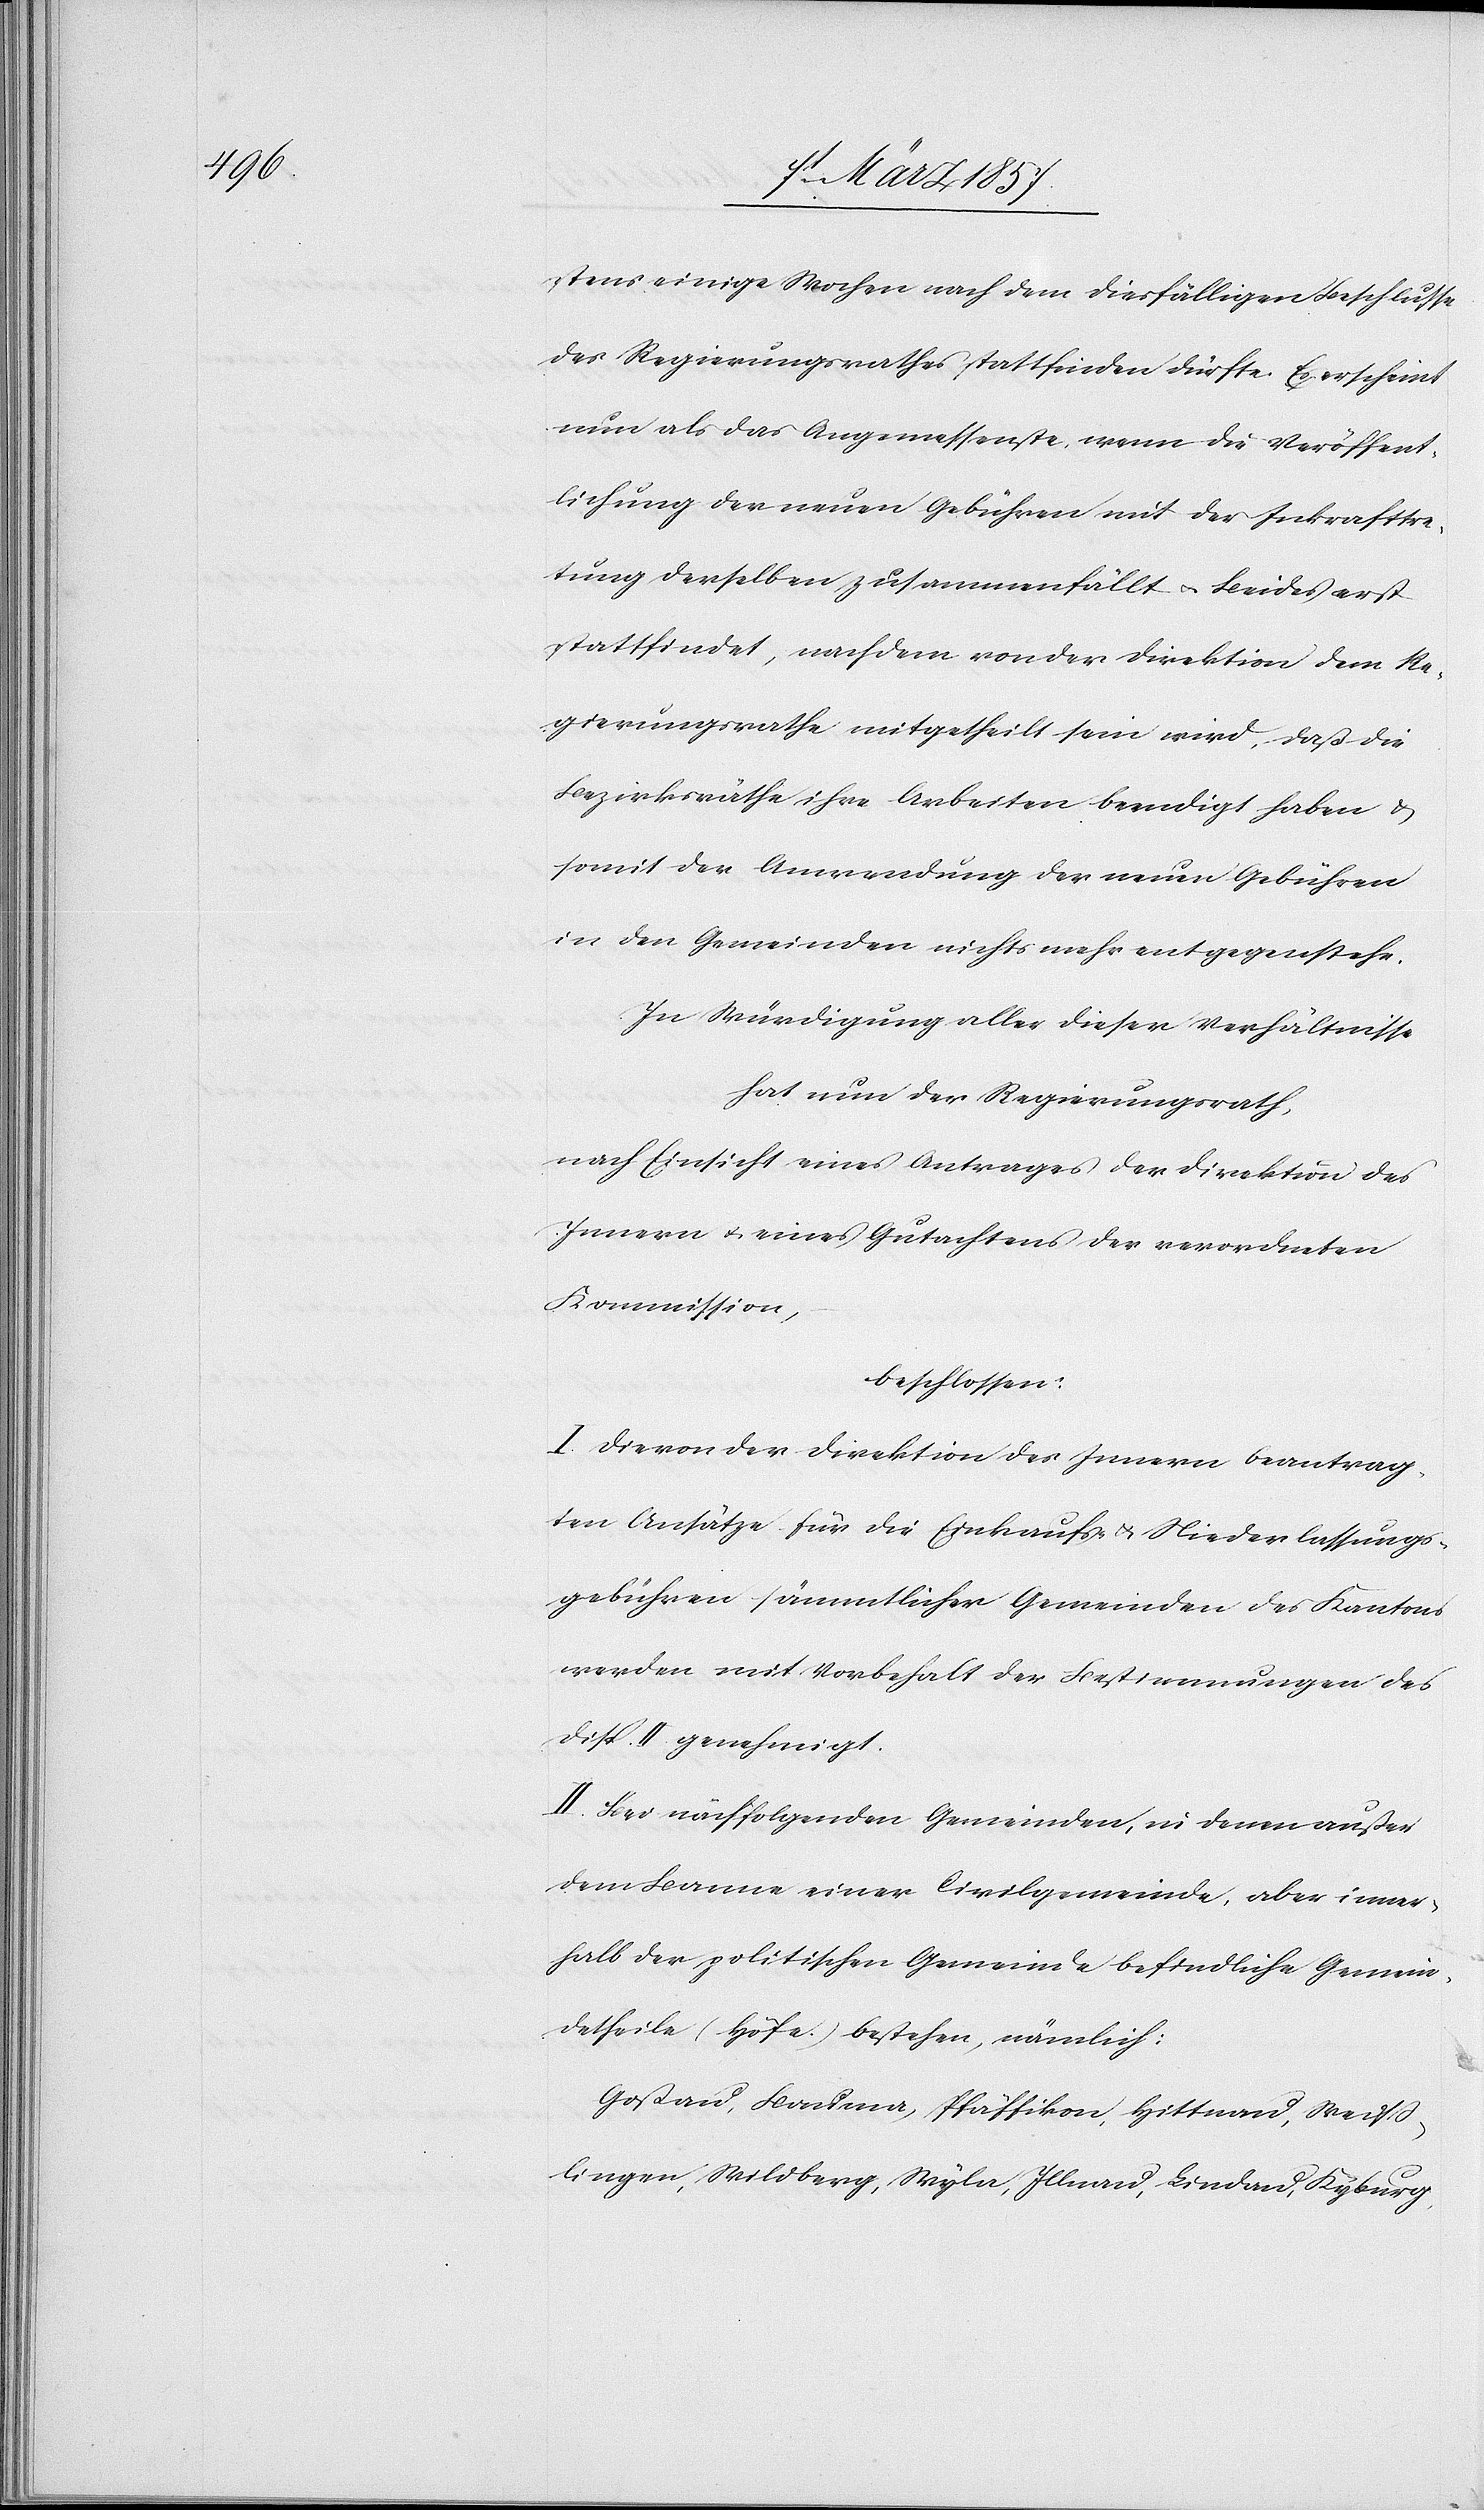
stens einige Wochen nach dem diesfälligen Beschlusse
des Regierungsrathes stattfinden dürfte. Es erscheint
nun als das Angemessenste, wenn die Veröffent¬
lichung der neuen Gebühren mit der Inkrafttre¬
tung derselben zusammenfällt u. Beides erst
stattfindet, nachdem von der Direktion dem Re¬
gierungsrathe mitgetheilt sein wird, daß die
Bezirksräthe ihre Arbeiten beendigt haben u.
somit der Anwendung der neuen Gebühren
in den Gemeinden nichts mehr entgegenstehe.
In Würdigung aller dieser Verhältnisse
hat nun der Regierungsrath,
nach Einsicht eines Antrages der Direktion des
Innern u. eines Gutachtens der verordneten
Kommission,
beschlossen:
I. Die von der Direktion des Innern beantrag¬
ten Ansätze für die Einkaufs- u. Niederlassungs¬
gebühren sämmtlicher Gemeinden des Kantons
werden mit Vorbehalt der Bestimmungen des
Disp. II genehmigt.
II. Bei nachfolgenden Gemeinden, in denen außer
dem Banne einer Civilgemeinde, aber inner¬
halb der politischen Gemeinde befindliche Gemein¬
detheile (Höfe) bestehen, nämlich:
Goßau, Bauma, Pfäffikon, Hittnau, Weiß¬
lingen, Wildberg, Wyla, Illnau, Lindau, Kyburg,